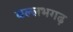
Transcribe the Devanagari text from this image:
वल्लभगढ़